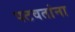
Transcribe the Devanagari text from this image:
पटवतांना